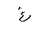
Letter: _gayn